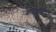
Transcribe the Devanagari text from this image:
मनीषीयो